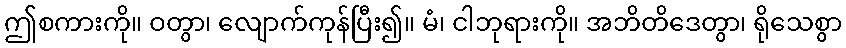
ဤစကားကို။ ဝတွာ၊ လျောက်ကုန်ပြီး၍။ မံ၊ ငါဘုရားကို။ အဘိတိဒေတွာ၊ ရိုသေစွာ